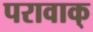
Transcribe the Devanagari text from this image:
परावाक्